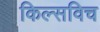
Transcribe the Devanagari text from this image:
किल्सविच